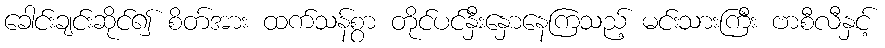
ခေါင်းချင်းဆိုင်၍ စိတ်အား ထက်သန်စွာ တိုင်ပင်နှီးနှောနေကြသည့် မင်းသားကြီး ဗာစီလီနှင့်